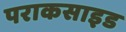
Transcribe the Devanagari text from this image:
पराकसाइड